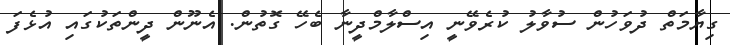
ގިޔާމަތް ދުވަހުން ސުވާލު ކުރެވޭނީ އިސްލާމްދީނާ ބެހޭ ގޮތުން. އެނޫން ދީންތަކުގައި އުޅެފަ